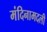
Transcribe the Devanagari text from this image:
मंदिनामदली